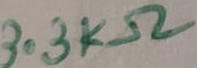
Text: 3.3KΩ